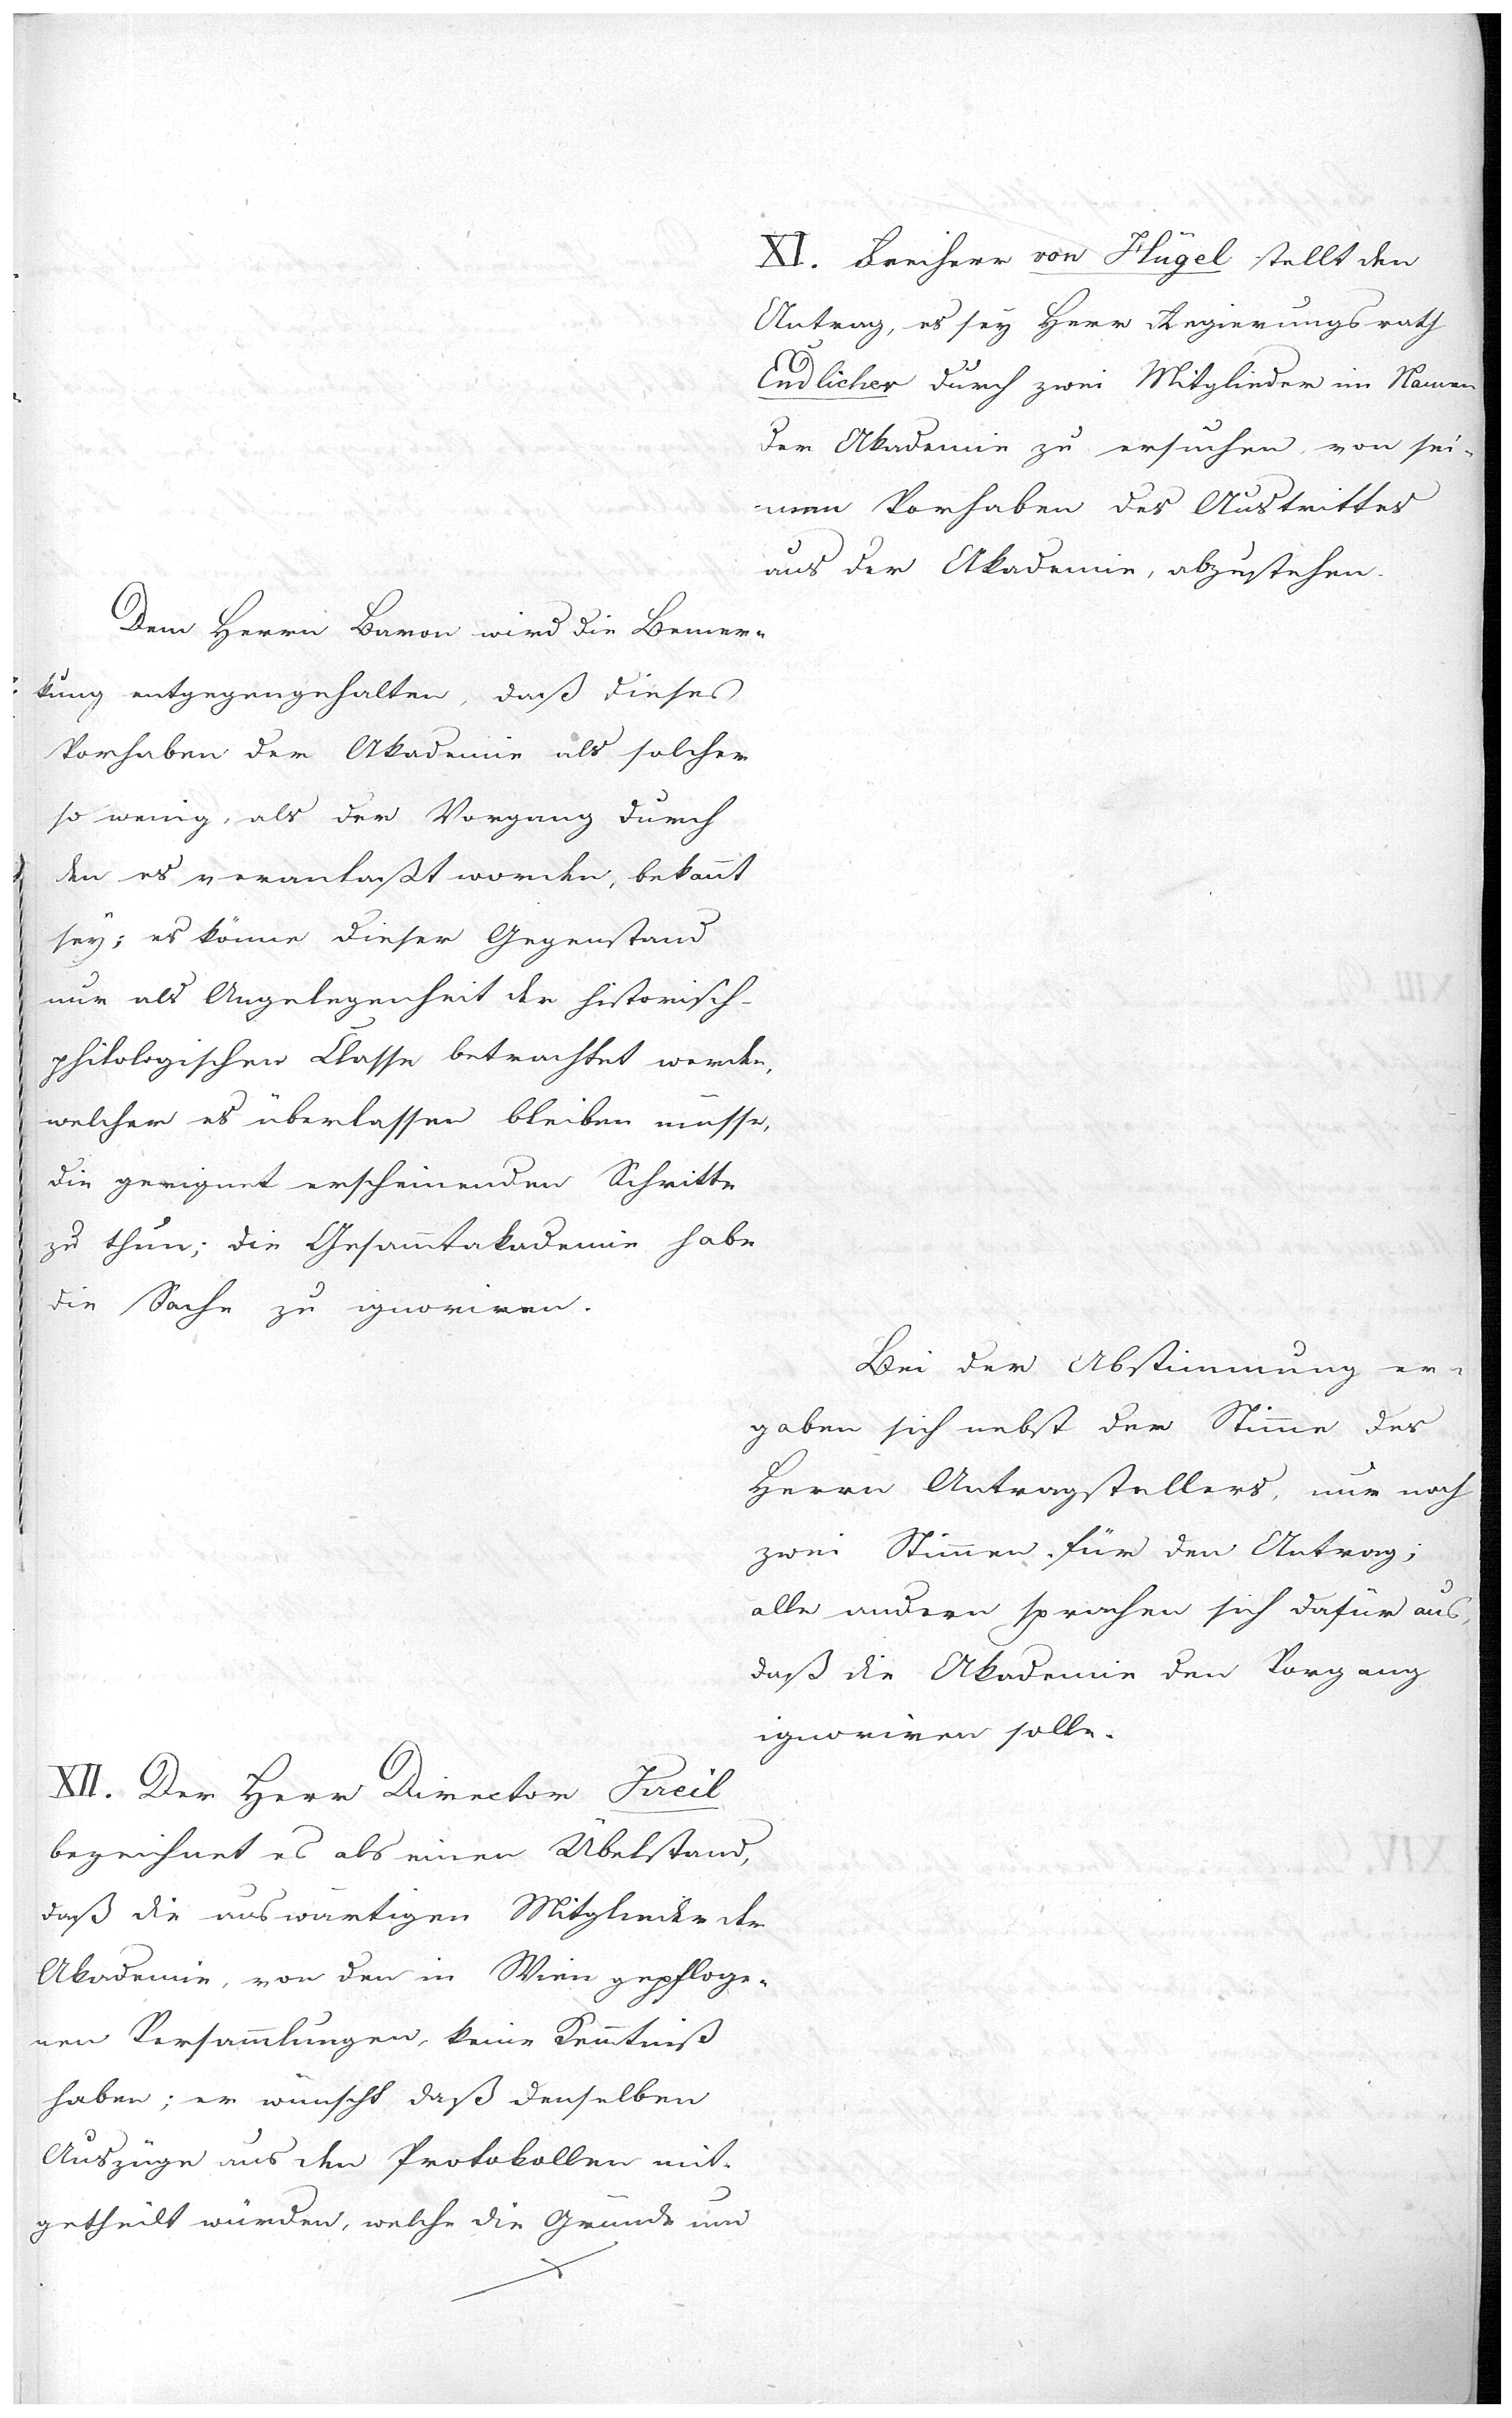
XI. Freiherr von Hügel stellt den
Antrag, es sey Herr Regierungsrath
Endlicher durch zwei Mitglieder im Namen
der Akademie zu ersuchen, von sei-
nem Vorhaben des Austrittes
aus der Akademie abzustehen.

Dem Herrn Baron wird die Bemer-
kung entgegengehalten, daß dieses
Vorhaben der Akademie als solcher
so wenig, als der Vorgang durch
den es veranlaßt worden, bekannt
sey; es könne dieser Gegenstand
nur als Angelegenheit der historisch-
philologischen Classe betrachtet werden.
welcher es überlassen bleiben müsse,
die geeingnet erscheinenden Schritte
zu thun; die Gesammtakademie habe
die Sache zu ignoriren.

Bei der Abstimmung er-
gaben sich nebst der Stimme des
Herrn Antragsteller, nur noch
zwei Stimmen für den Antrag;
alle andern sprachen sich dafür aus,
daß die Akademie den Vorgang
ignoriren solle

XII. Der Herr Director Kreil
bezeichnet es als einen Übelstand,
daß die auswärtigen Mitglieder der
Akademie, von den in Wien gepfloge-
nen Versammlungen keine Kenntniß
haben, er wünscht daß denselben
Auszüge aus den Protokollen mit-
getheilt würden, welche die Gründe und